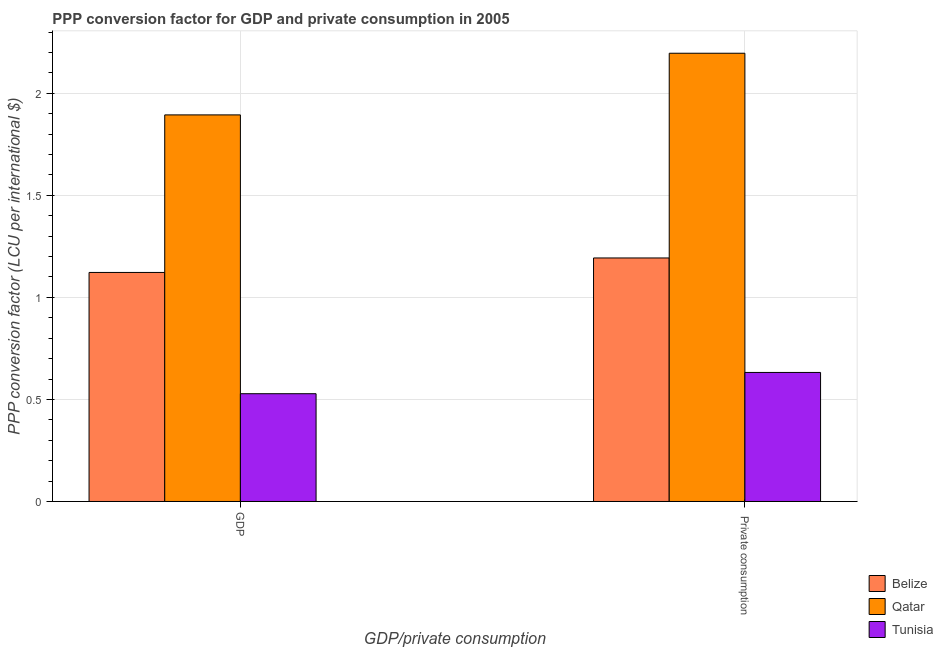
| GDP/private consumption | Belize | Qatar | Tunisia |
 | --- | --- | --- | --- |
 | GDP | 1.12 | 1.89 | 0.528 |
 |  Private consumption | 1.19 | 2.2 | 0.632 |